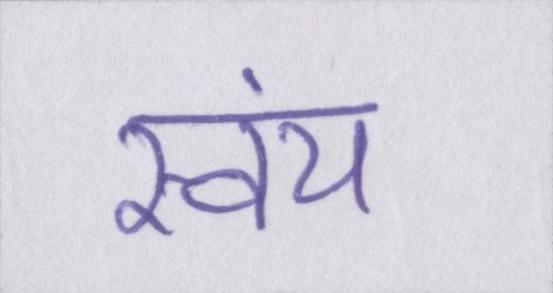
स्वंय